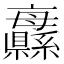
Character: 𦇨